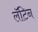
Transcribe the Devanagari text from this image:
लॅॅॅटिन